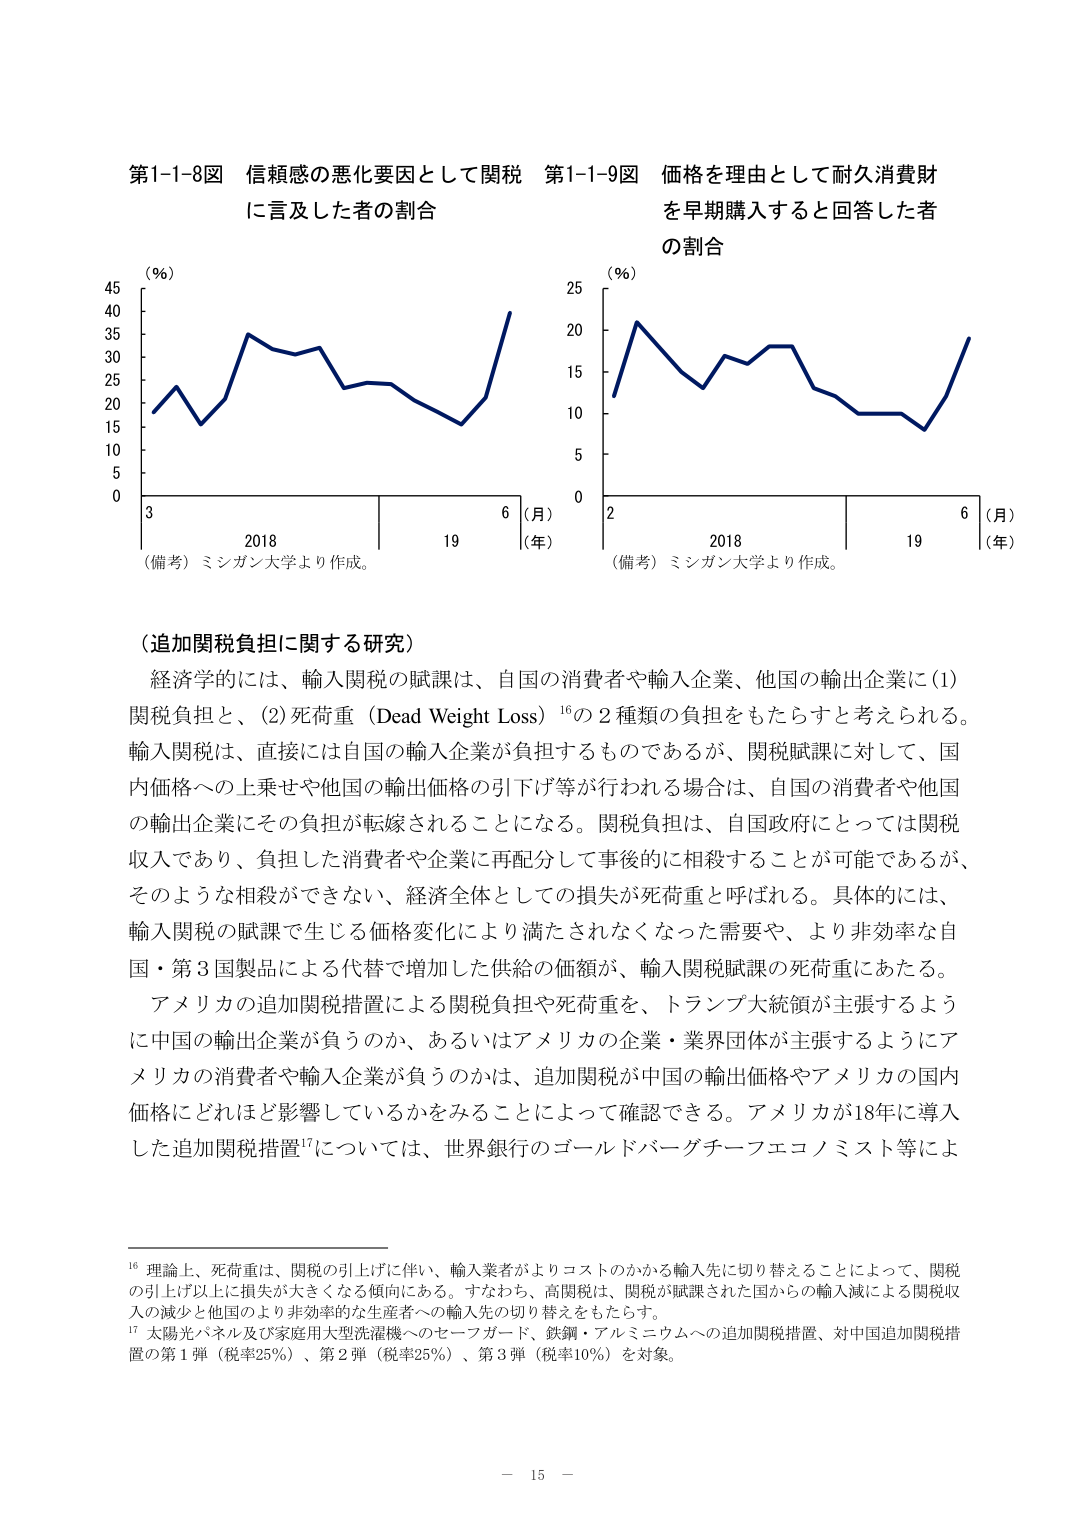
第1-1-8図 信頼感の悪化要因として関税
に言及した者の割合

(%)
45
40
35
30
25
20
15
10
5
0

3 6
2018 19
(月)
(年)

(備考) ミシガン大学より作成。

第1-1-9図 価格を理由として耐久消費財
を早期購入すると回答した者
の割合

(%)
25
20
15
10
5
0

2 6
2018 19
(月)
(年)

(備考) ミシガン大学より作成。

（追加関税負担に関する研究）
経済学的には、輸入関税の賦課は、自国の消費者や輸入企業、他国の輸出企業に(1)
関税負担と、(2)死荷重（Dead Weight Loss）¹⁶の2種類の負担をもたらすと考えられる。
輸入関税は、直接には自国の輸入企業が負担するものであるが、関税賦課に対して、国
内価格への上乗せや他国の輸出価格の引下げ等が行われる場合は、自国の消費者や他国
の輸出企業にその負担が転嫁されることになる。関税負担は、自国政府にとっては関税
収入であり、負担した消費者や企業に再配分して事後的に相殺することが可能であるが、
そのような相殺ができない、経済全体としての損失が死荷重と呼ばれる。具体的には、
輸入関税の賦課で生じる価格変化により満たされなくなった需要や、より非効率な自
国・第3国製品による代替で増加した供給の価額が、輸入関税賦課の死荷重にあたる。
アメリカの追加関税措置による関税負担や死荷重を、トランプ大統領が主張するよう
に中国の輸出企業が負うのか、あるいはアメリカの企業・業界団体が主張するようにア
メリカの消費者や輸入企業が負うのかは、追加関税が中国の輸出価格やアメリカの国内
価格にどれほど影響しているかをみることによって確認できる。アメリカが18年に導入
した追加関税措置¹⁷については、世界銀行のゴールドバーグチーフエコノミスト等によ

¹⁶ 理論上、死荷重は、関税の引上げに伴い、輸入業者がよりコストのかかる輸入先に切り替えることによって、関税
の引上げ以上に損失が大きくなる傾向にある。すなわち、高関税は、関税が賦課された国からの輸入減による関税収
入の減少と他国のより非効率的な生産者への輸入先の切り替えをもたらす。
¹⁷ 太陽光パネル及び家庭用大型洗濯機へのセーフガード、鉄鋼・アルミニウムへの追加関税措置、対中国追加関税措
置の第1弾（税率25%）、第2弾（税率25%）、第3弾（税率10%）を対象。

－ 15 －